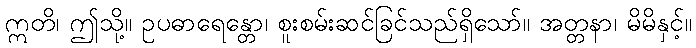
ဣတိ၊ ဤသို့။ ဥပဓာရေန္တော၊ စူးစမ်းဆင်ခြင်သည်ရှိသော်။ အတ္တနာ၊ မိမိနှင့်။